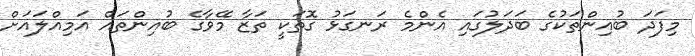
މިފަދަ ބުއިންތަކުގެ ބަދަލުގައި އެންމެ ރަނގަޅު ގޮތަކީ ތަޒާ މޭވާގެ ބުއިންތައް އަމިއްލައަށް